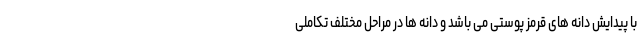
با پیدایش دانه های قرمز پوستی می باشد و دانه ها در مراحل مختلف تکاملی